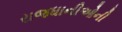
રાજધાનીઓની